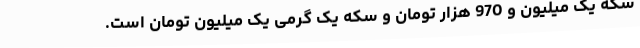
سکه یک میلیون و 970 هزار تومان و سکه یک گرمی یک میلیون تومان است.